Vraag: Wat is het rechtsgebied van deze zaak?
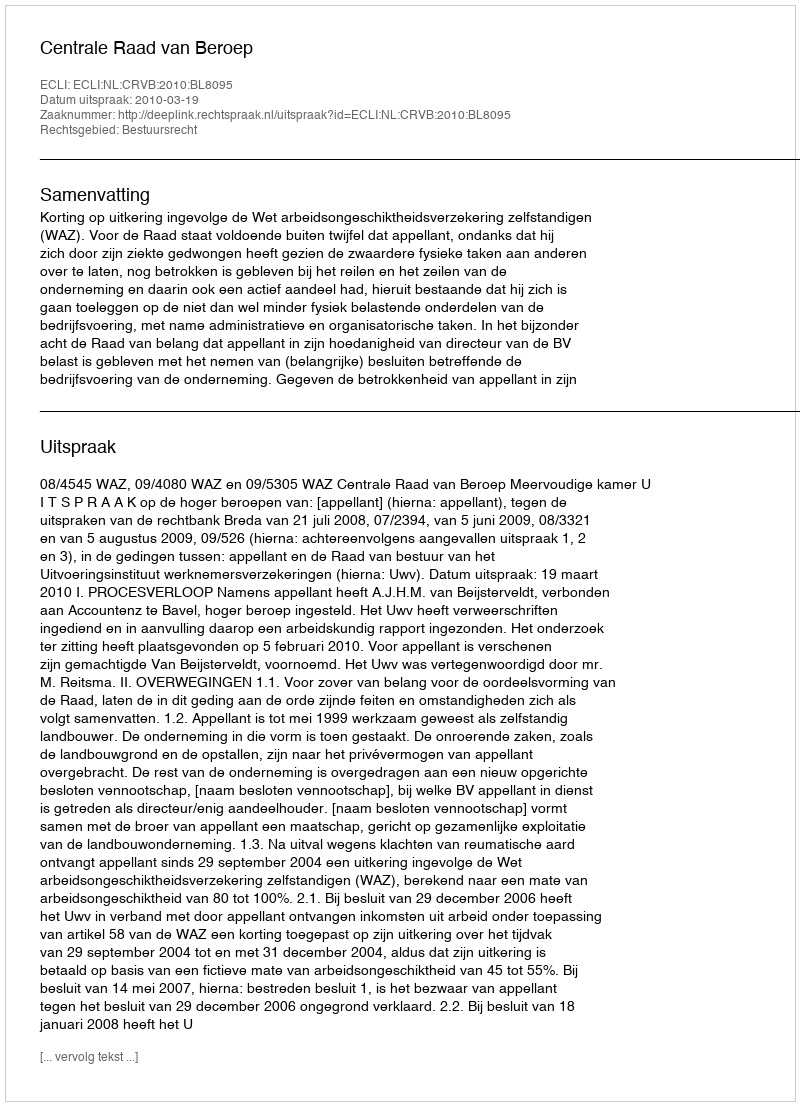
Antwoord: Bestuursrecht